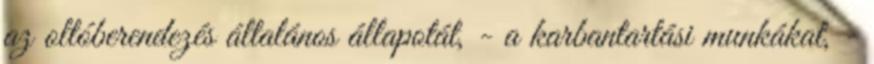
az oltóberendezés általános állapotát, - a karbantartási munkákat, -